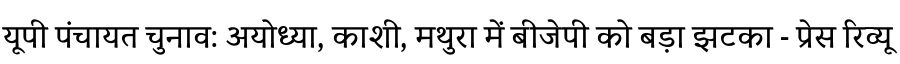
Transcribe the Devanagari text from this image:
यूपी पंचायत चुनाव: अयोध्या, काशी, मथुरा में बीजेपी को बड़ा झटका - प्रेस रिव्यू